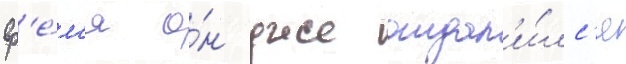
вр'е́м'я о́н уже отдал'и́лс'я